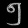
Digit: ၅